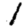
Digit: 1